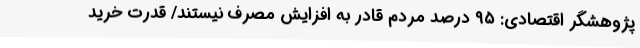
پژوهشگر اقتصادی: ۹۵ درصد مردم قادر به افزایش مصرف نیستند/ قدرت خرید